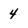
Character: 4